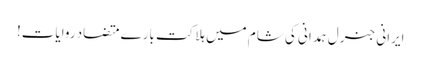
ایرانی جنرل ہمدانی کی شام میں ہلاکت بارے متضاد روایات!